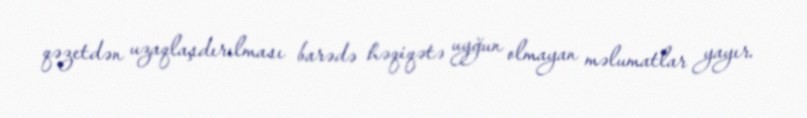
qəzetdən uzaqlaşdırılması barədə həqiqətə uyğun olmayan məlumatlar yayır.